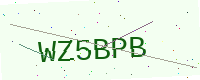
Text: WZ5BPB